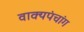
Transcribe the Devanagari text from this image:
वाक्यपंचांग